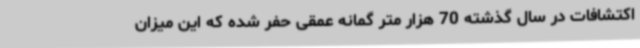
اکتشافات در سال گذشته 70 هزار متر گمانه عمقی حفر شده که این میزان